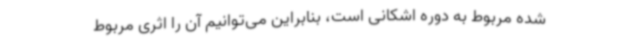
شده مربوط به دوره اشکانی است، بنابراین می‌توانیم آن را اثری مربوط